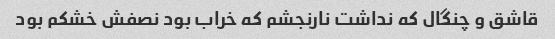
قاشق و چنگال که نداشت نارنجشم که خراب بود نصفش خشکم بود